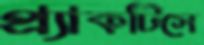
প্র্যাকটিসে